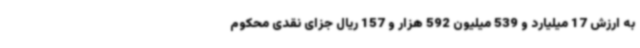
به ارزش 17 میلیارد و 539 میلیون 592 هزار و 157 ریال جزای نقدی محکوم